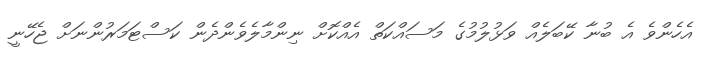
އެހެންވެ އެ ބުނާ ކޭބަލެއް ވަޅުލުމުގެ މަސައްކަތް އެއްކޮށް ނިންމާލެވެންދެން ކަސްޓަމަރުންނަށް ޖެހޭނީ